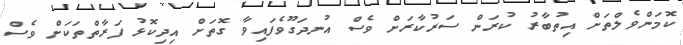
ކޮމަންވެލްތަށް އިތުބާރު ކުރަން ސަރުކާރަށް ވެސް އުނދަގޫވެފައިވާ ގޮތަށް އިދިކޮޅު ފަރާތްތަކަށް ވެސް